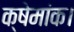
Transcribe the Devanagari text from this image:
क्षेमांक।